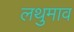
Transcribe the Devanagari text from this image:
लथुमाव